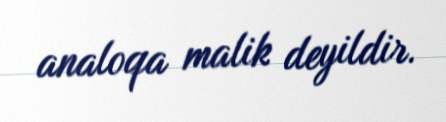
analoqa malik deyildir.